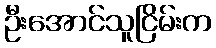
ဦးအောင်သူငြိမ်းက